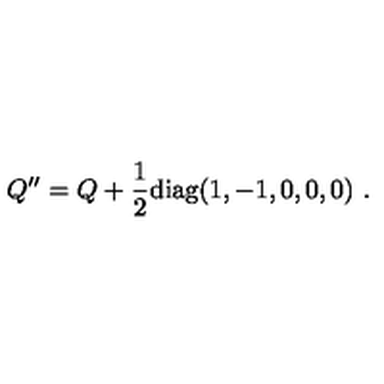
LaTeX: Q ^ { \prime \prime } = Q + { \frac { 1 } { 2 } } \mathrm { d i a g } ( 1 , - 1 , 0 , 0 , 0 ) \ . \nonumber